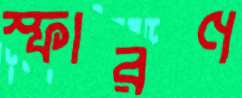
স্ফারণ